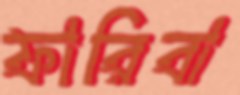
ফারিবা